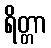
ရိတ္တာ